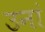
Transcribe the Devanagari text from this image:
उनां